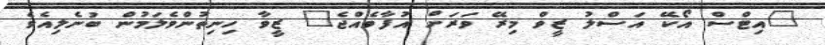
"އިޓްސް އޯކޭ އަސްލު ޒީވް މިރޭ ވަރަށް އުފާވެއްޖެ" ޒީވާ ހިނިތުންވެލަމުން ބުނެލިއެވެ